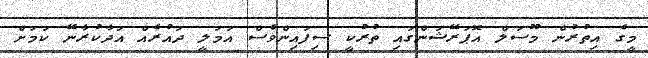
މީގެ އިތުރުން މޫސަލް އޮޕަރޭޝަންގައި ތުރުކީ ސިފައިންވެސް އަމަލީ ދައުރެއް އަދާކުރާނޭ ކަމަށް